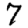
Digit: 7